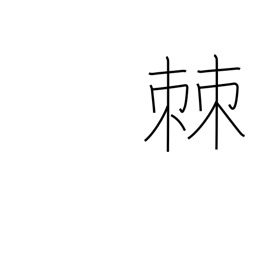
Meaning: splinter